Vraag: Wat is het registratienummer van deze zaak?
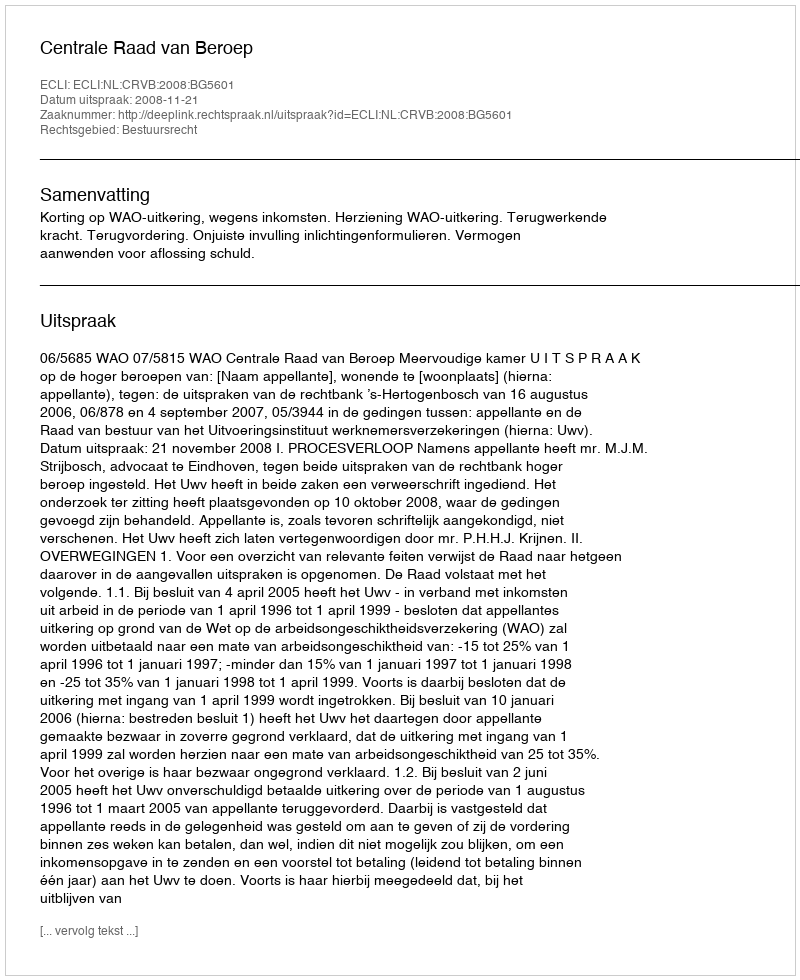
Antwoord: http://deeplink.rechtspraak.nl/uitspraak?id=ECLI:NL:CRVB:2008:BG5601